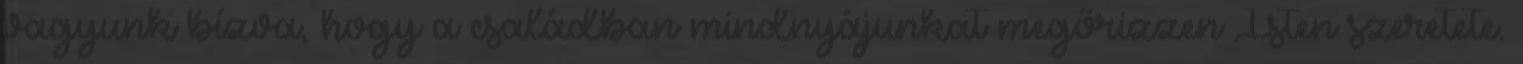
vagyunk bízva, hogy a családban mindnyájunkat megőrizzen Isten szeretete.